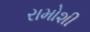
રામોશી